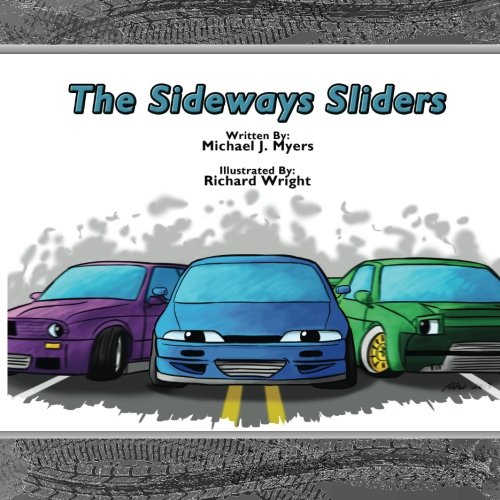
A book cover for The SideWays Sliders (MotorHead Garage Children's Book); Michael J. Myers; Children's Books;